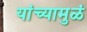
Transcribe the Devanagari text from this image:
यांच्यामुळं